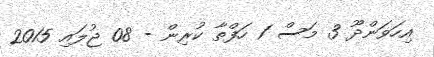
އިހަވަންދޫ 3 މަސް 1 ހަފްތާ ކުރިން - 08 ޖުލައި 2015